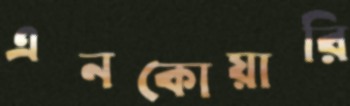
এনকোয়ারি